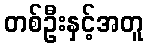
တစ်ဦးနှင့်အတူ